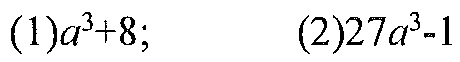
(1)\(a^{3}+8\); (2)\(27a^{3}-1\)